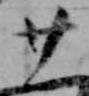
廿